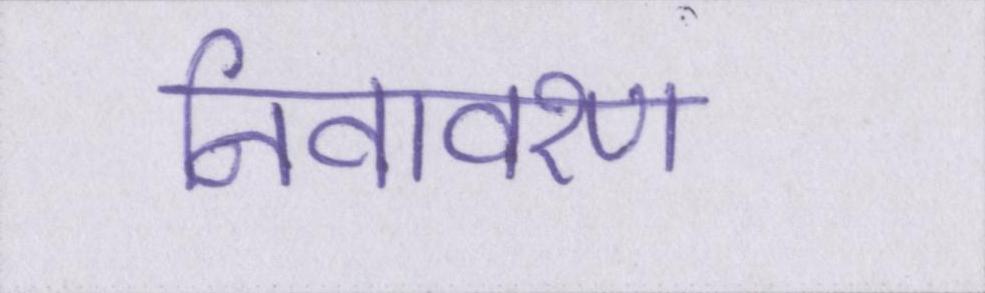
निवावरण